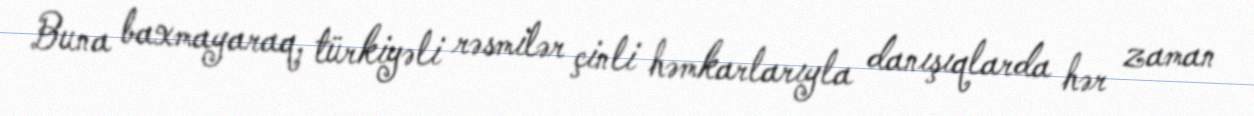
Buna baxmayaraq, türkiyəli rəsmilər çinli həmkarlarıyla danışıqlarda hər zaman